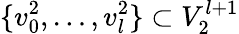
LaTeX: \{ v_{0}^{2},\ldots,v_{l}^{2}\} \subset V_{2}^{l+1}